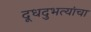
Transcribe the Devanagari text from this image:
दूधदुभत्यांचा